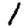
Digit: 1